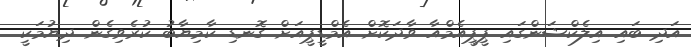
އަދި ބައި އިލެކްޝަންގައި ޕީޕީއެމްއާ ވާދަކޮށް އެމްޑީޕީއަށް ގޮނޑި ކާމިޔާބު ކުރެވިގެން ދިޔުމަކީ